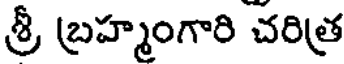
శ్రీ బ్రహ్మంగారి చరిత్ర